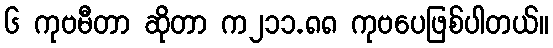
၆ ကုဗမီတာ ဆိုတာ က၂၁၁.၈၈ ကုဗပေဖြစ်ပါတယ်။